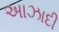
અાઝાદી